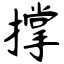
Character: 撑